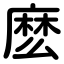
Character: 麽